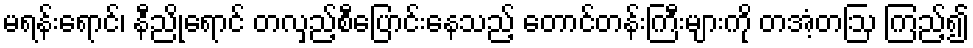
မရန်းရောင်၊ နီညိုရောင် တလှည့်စီပြောင်းနေသည့် တောင်တန်းကြီးများကို တအံ့တဩ ကြည့်၍